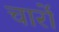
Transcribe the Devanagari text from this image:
चार्रो